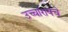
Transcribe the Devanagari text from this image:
उच्चारायचे